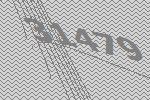
31479